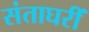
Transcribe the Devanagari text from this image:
संताघरीं